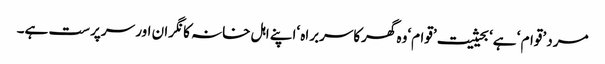
مرد ’قوام ‘ ہے‘ بحیثیت ’قوام‘وہ گھرکاسربراہ ‘اپنے اہل خانہ کا نگران اور سرپرست ہے۔